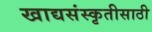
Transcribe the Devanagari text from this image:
खाद्यसंस्कृतीसाठी